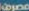
مصرف